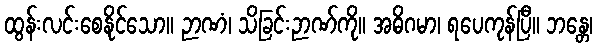
ထွန်းလင်းစေနိုင်သော။ ဉာဏံ၊ သိခြင်းဉာဏ်ကို။ အဓိဂမာ၊ ရပေကုန်ပြီ။ ဘန္တေ၊